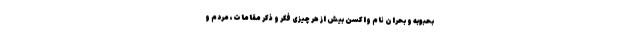
بحبوبه و بحران نام واکسن بیش از هر چیزی فکر و ذکر مقامات، مردم و